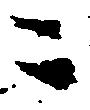
ニ